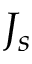
J _ { s }